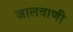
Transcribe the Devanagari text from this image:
जालवाणी